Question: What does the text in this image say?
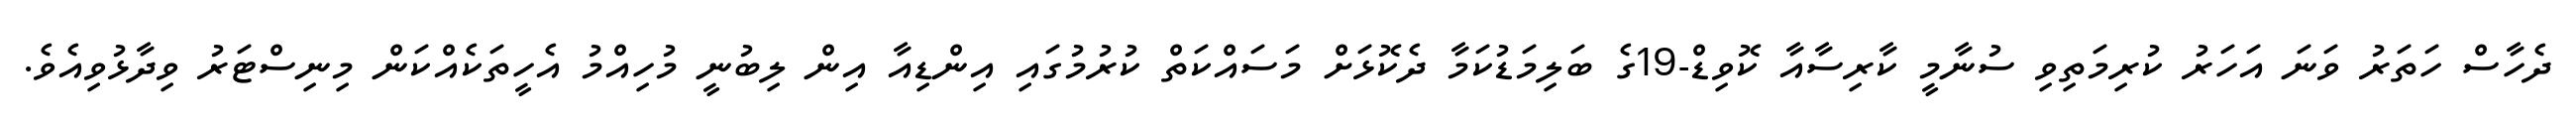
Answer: ދެހާސް ހަތަރު ވަނަ އަހަރު ކުރިމަތިވި ސުނާމީ ކާރިސާއާ ކޮވިޑް-19ގެ ބަލިމަޑުކަމާ ދެކޮޅަށް މަސައްކަތް ކުރުމުގައި އިންޑިއާ އިން ލިބުނީ މުހިއްމު އެހީތަކެއްކަން މިނިސްޓަރު ވިދާޅުވިއެވެ.